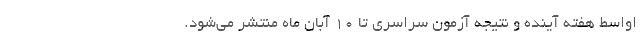
اواسط هفته آینده و نتیجه آزمون سراسری تا ۱۰ آبان ماه منتشر می‌شود.